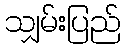
သျှမ်းပြည်